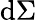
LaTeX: \mathrm{d}\Sigma